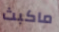
ماكبث